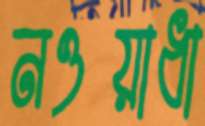
নওয়াধা